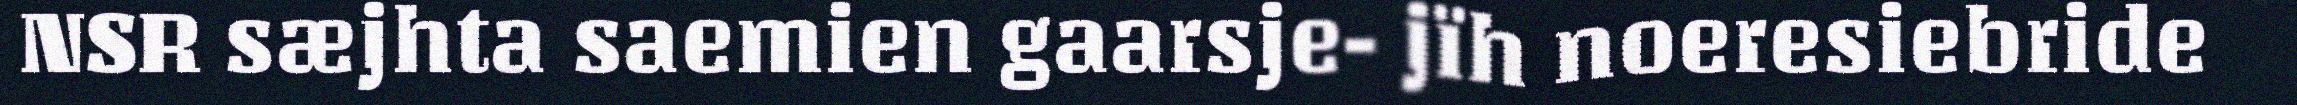
NSR sæjhta saemien gaarsje- jïh noeresiebride